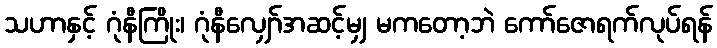
သဟာနှင့် ဂုံနီကြိုး၊ ဂုံနီလျှော်အဆင့်မျှ မကတော့ဘဲ ကော်ဇောရက်လုပ်ရန်